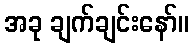
အခု ချက်ချင်းနော်။